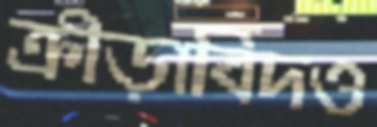
ক্রীড়াবিদও